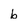
Character: b